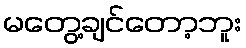
မတွေ့ချင်တော့ဘူး